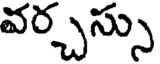
వర్చస్సు